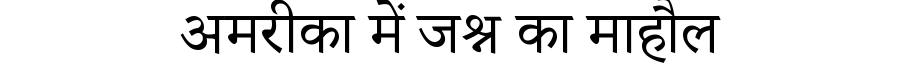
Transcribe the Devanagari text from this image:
अमरीका में जश्न का माहौल